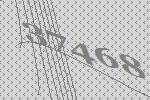
37468